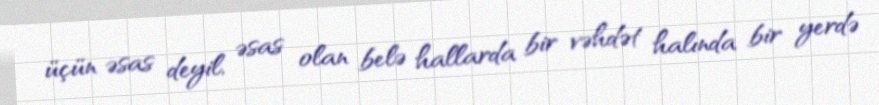
üçün əsas deyil, əsas olan belə hallarda bir vəhdət halında bir yerdə